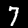
Label: 7